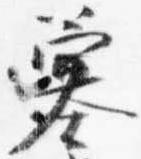
簺